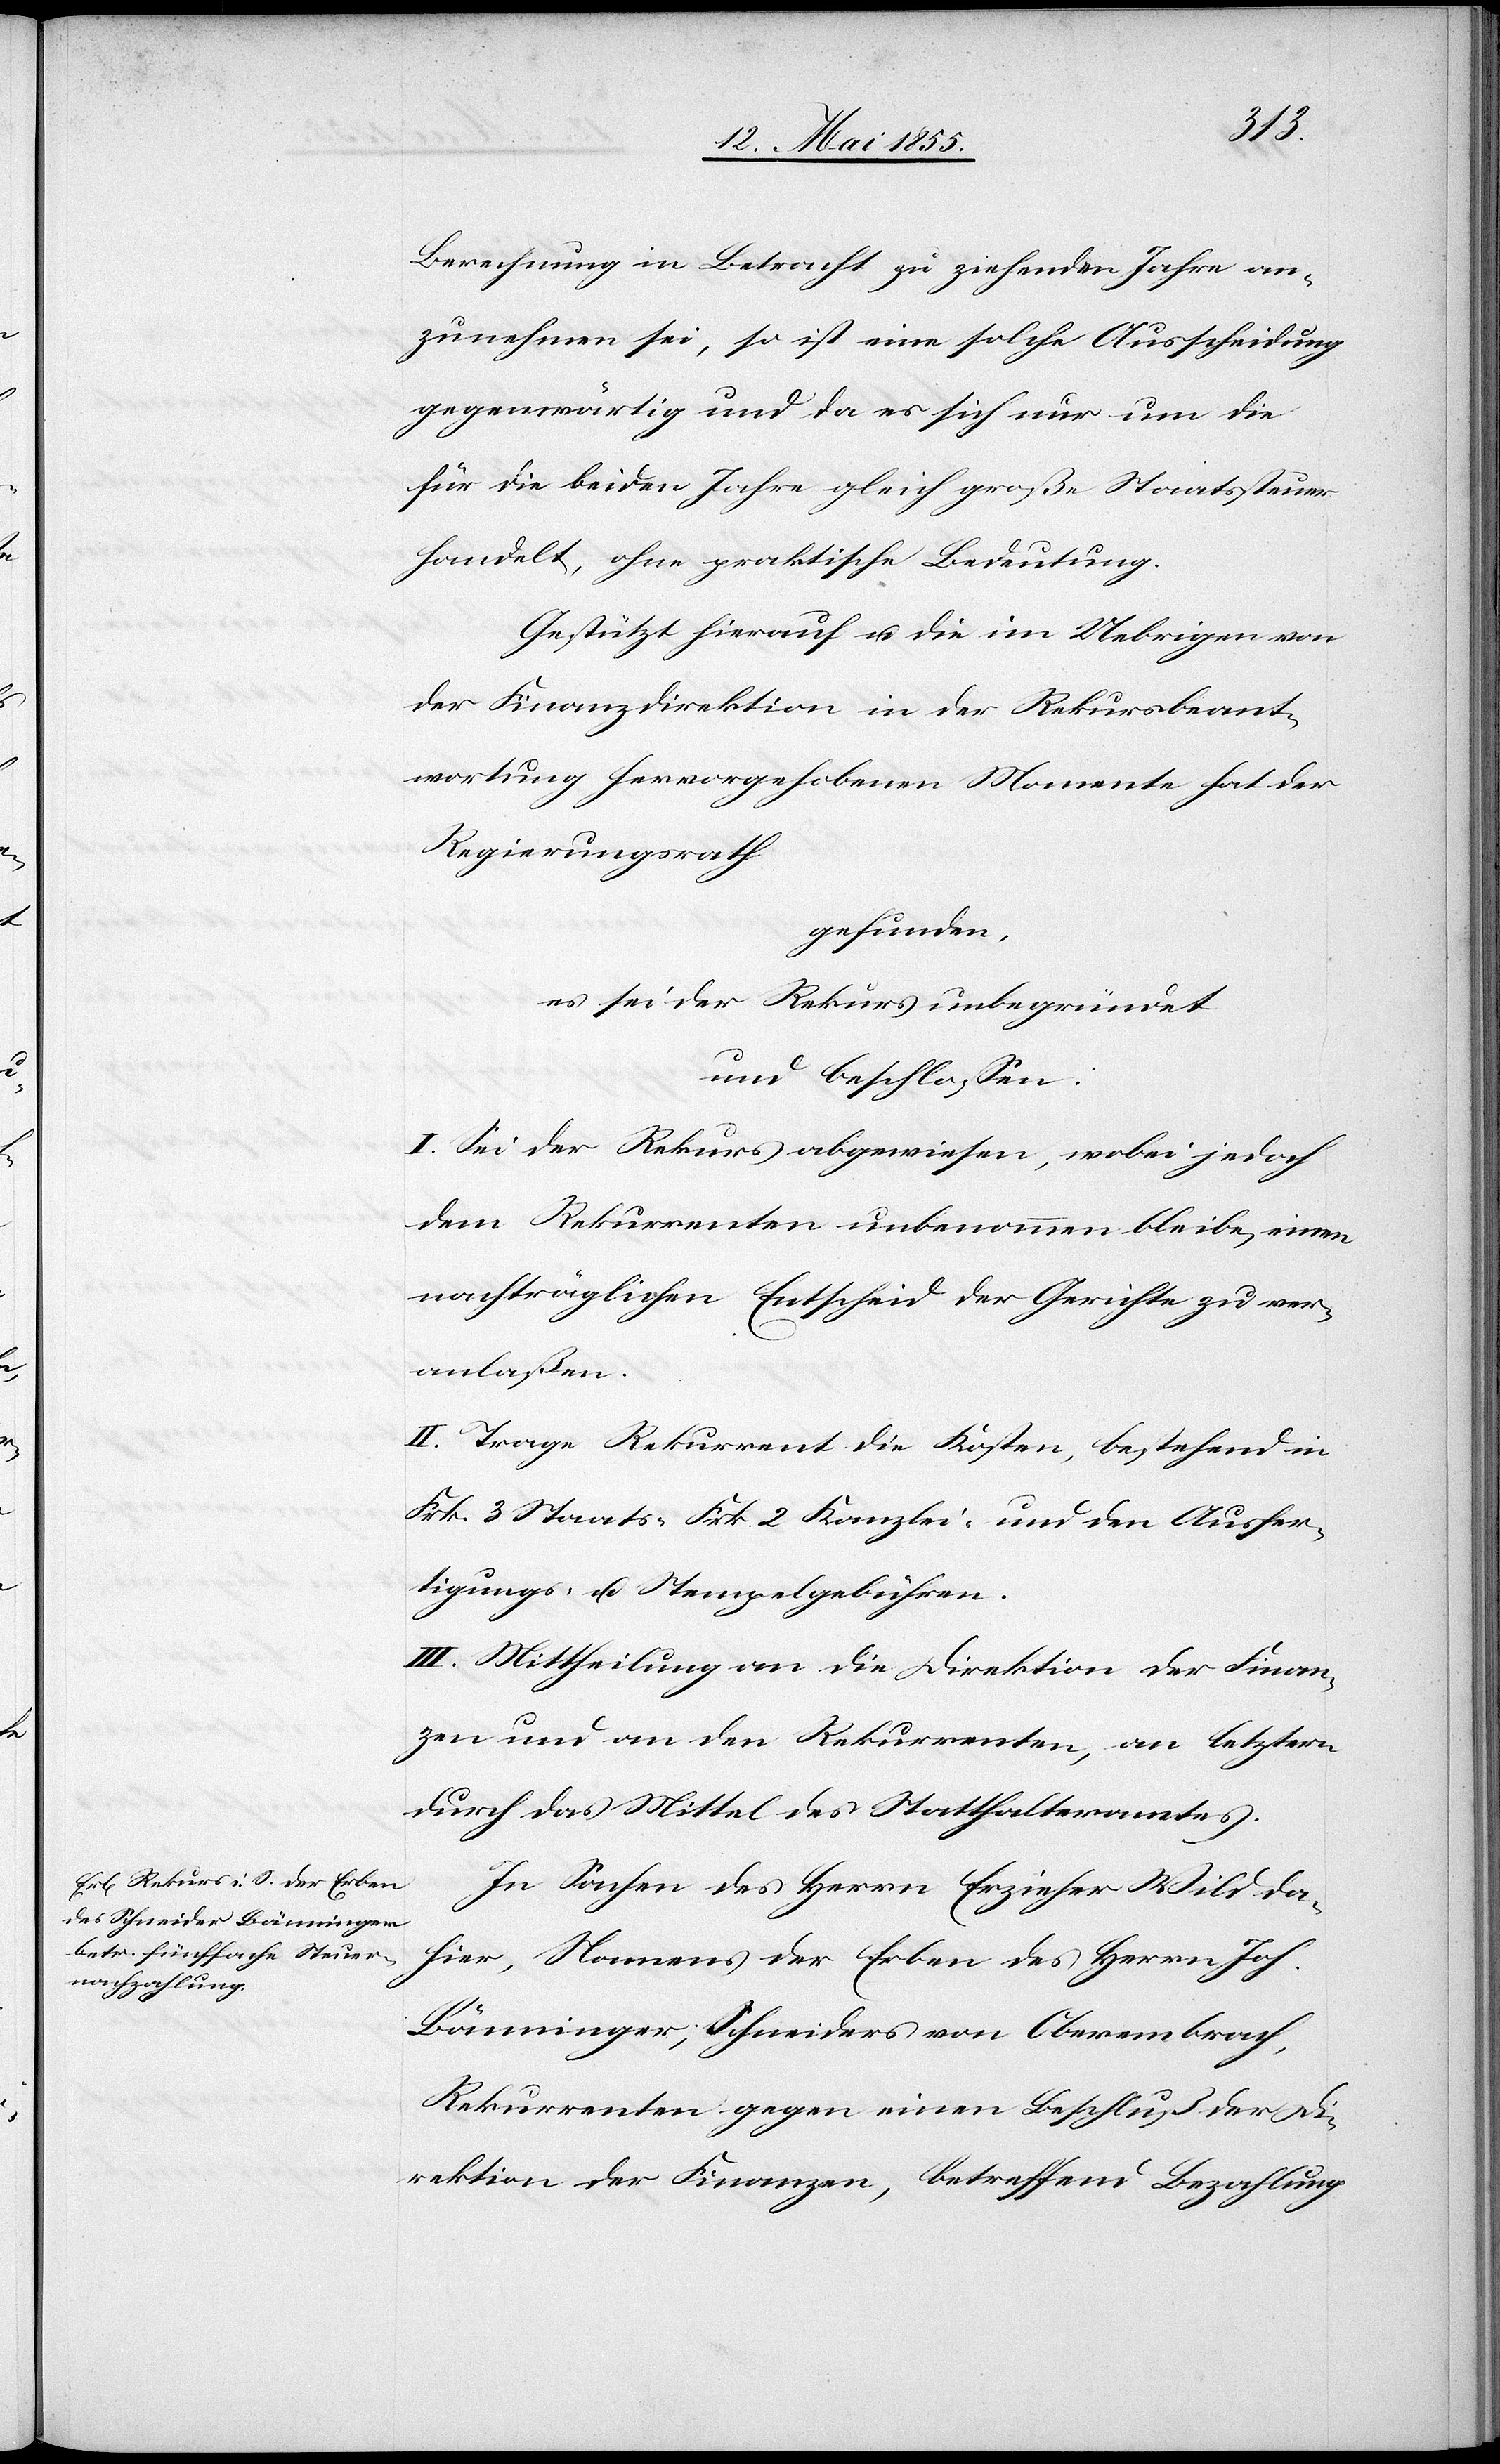
Berechnung in Betracht zu ziehenden Jahre an¬
zunehmen sei, so ist eine solche Ausscheidung
gegenwärtig und da es sich nur um die
für die beiden Jahre gleich große Staatssteuer
handelt, ohne praktische Bedeutung.
Gestützt hierauf u. die im Uebrigen von
der Finanzdirektion in der Rekursbeant¬
wortung hervorgehobenen Momente hat der
Regierungsrath
gefunden,
es sei der Rekurs unbegründet
und beschlossen:
I. Sei der Rekurs abgewiesen, wobei jedoch
dem Rekurrenten unbenommen bleibe, einen
nachträglichen Entscheid der Gerichte zu ver¬
anlaßen.
II. Trage Rekurrent die Kosten, bestehend in
Frk. 3 Staats-[,] Frk. 2 Kanzlei- und den Ausfer¬
tigungs- u. Stempelgebühren.
III. Mittheilung an die Direktion der Finan¬
zen und an den Rekurrenten, an letztern
durch das Mittel des Statthalteramtes.
In Sachen des Herrn Erzieher Wild da¬
hier, Namens der Erben des Herrn Joh.
Bänninger, Schneiders von Oberembrach,
Rekurrenten gegen einen Beschluß der Di¬
rektion der Finanzen, betreffend Bezahlung